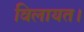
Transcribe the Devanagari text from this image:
विलायत।